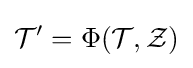
{\mathcal {T}}'=\Phi ({\mathcal {T}},{\mathcal {Z}})